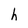
Character: h